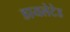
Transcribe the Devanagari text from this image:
डायलेटेड